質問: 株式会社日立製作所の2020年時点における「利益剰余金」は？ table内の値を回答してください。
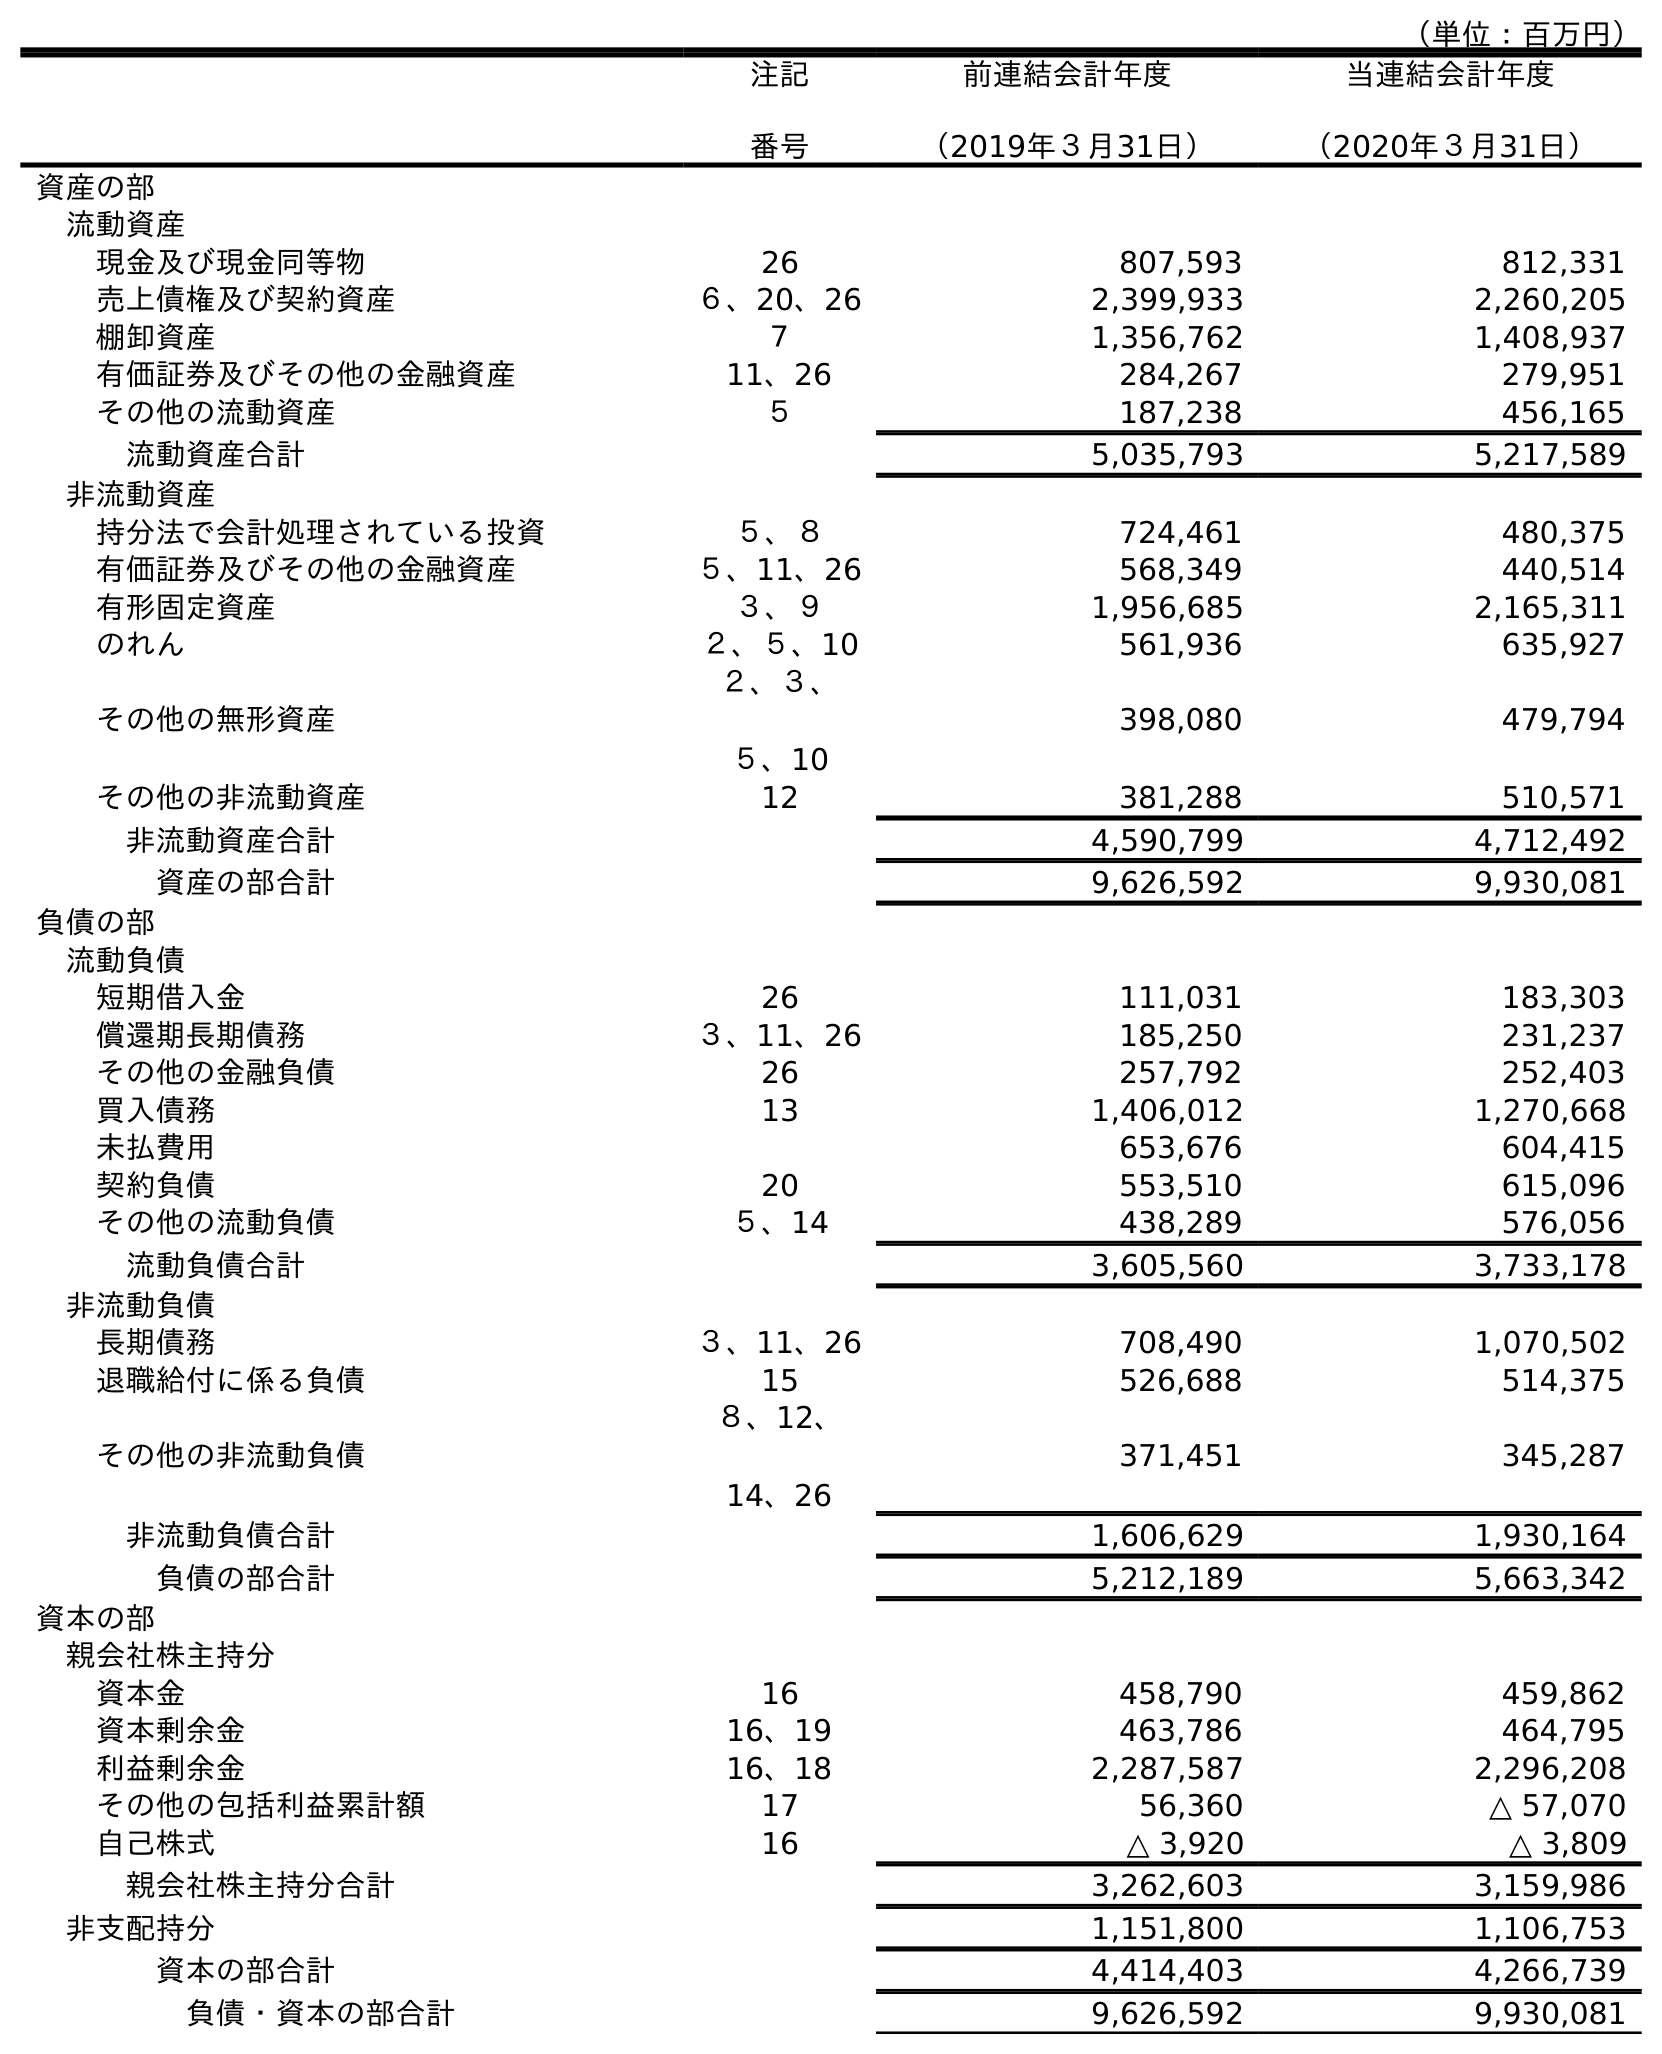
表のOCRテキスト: （単位：百万円） 注記 番号 前連結会計年度 （2019年３月31日） 当連結会計年度 （2020年３月31日） 資産の部 流動資産 現金及び現金同等物 26 807,593 812,331 売上債権及び契約資産 ６、20、26 2,399,933 2,260,205 棚卸資産 ７ 1,356,762 1,408,937 有価証券及びその他の金融資産 11、26 284,267 279,951 その他の流動資産 ５ 187,238 456,165 流動資産合計 5,035,793 5,217,589 非流動資産 持分法で会計処理されている投資 ５、８ 724,461 480,375 有価証券及びその他の金融資産 ５、11、26 568,349 440,514 有形固定資産 ３、９ 1,956,685 2,165,311 のれん ２、５、10 561,936 635,927 その他の無形資産 ２、３、 ５、10 398,080 479,794 その他の非流動資産 12 381,288 510,571 非流動資産合計 4,590,799 4,712,492 資産の部合計 9,626,592 9,930,081 負債の部 流動負債 短期借入金 26 111,031 183,303 償還期長期債務 ３、11、26 185,250 231,237 その他の金融負債 26 257,792 252,403 買入債務 13 1,406,012 1,270,668 未払費用 653,676 604,415 契約負債 20 553,510 615,096 その他の流動負債 ５、14 438,289 576,056 流動負債合計 3,605,560 3,733,178 非流動負債 長期債務 ３、11、26 708,490 1,070,502 退職給付に係る負債 15 526,688 514,375 その他の非流動負債 ８、12、 14、26 371,451 345,287 非流動負債合計 1,606,629 1,930,164 負債の部合計 5,212,189 5,663,342 資本の部 親会社株主持分 資本金 16 458,790 459,862 資本剰余金 16、19 463,786 464,795 利益剰余金 16、18 2,287,587 2,296,208 その他の包括利益累計額 17 56,360 △ 57,070 自己株式 16 △ 3,920 △ 3,809 親会社株主持分合計 3,262,603 3,159,986 非支配持分 1,151,800 1,106,753 資本の部合計 4,414,403 4,266,739 負債・資本の部合計 9,626,592 9,930,081
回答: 2,296,208